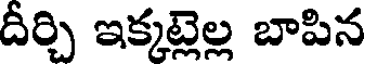
దీర్చి ఇక్కట్లెల్ల బాపిన